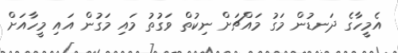
އެމީހާގެ ދަނޑުން މަގު މައްޗަށް ނިކުތް ވަގުތު މައި މަގުން އައި މީހާއަށް